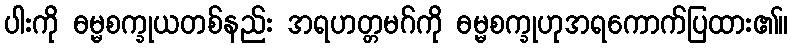
ပါးကို ဓမ္မစက္ခုယတစ်နည်း အရဟတ္တမဂ်ကို ဓမ္မစက္ခုဟုအရကောက်ပြထား၏။